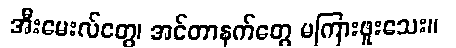
အီးမေးလ်တွေ၊ အင်တာနက်တွေ မကြားဖူးသေး။